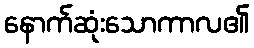
နောက်ဆုံးသောကာလ၏